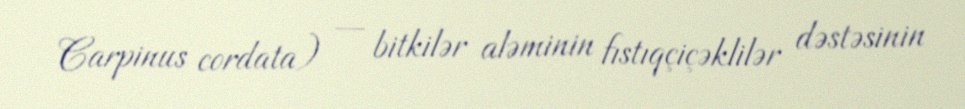
Carpinus cordata) — bitkilər aləminin fıstıqçiçəklilər dəstəsinin